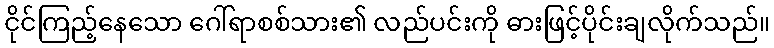
ငိုင်ကြည့်နေသော ဂေါ်ရာစစ်သား၏ လည်ပင်းကို ဓားဖြင့်ပိုင်းချလိုက်သည်။